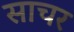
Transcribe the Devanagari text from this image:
साचर